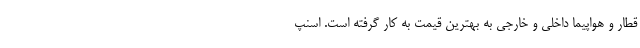
قطار و هواپیما داخلی و خارجی به بهترین قیمت به کار گرفته است. اسنپ